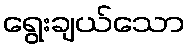
ရွေးချယ်သော